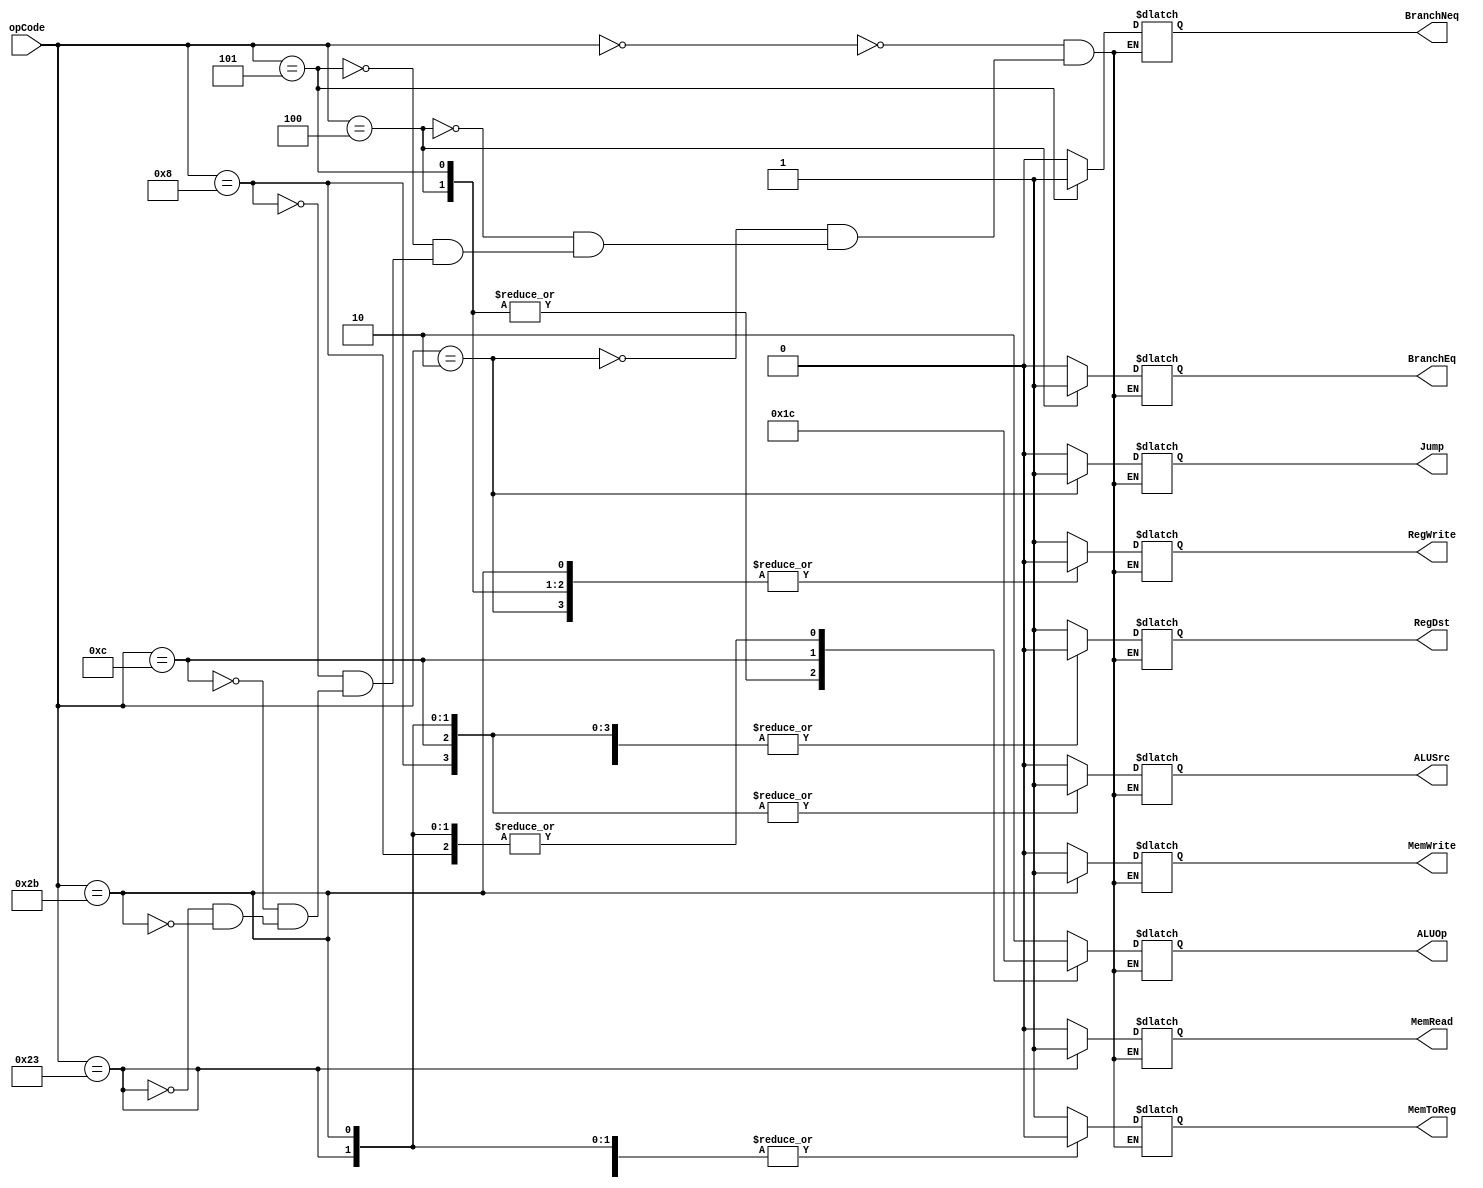
`timescale 1ns / 1ps
//////////////////////////////////////////////////////////////////////////////////
// Company: 
// Engineer: 
// 
// Design Name: 
// Module Name: control
// Project Name: 
// Target Devices: 
// Tool Versions: 
// Description: 
// 
// Dependencies: 
// 
// Revision:
// Revision 0.01 - File Created
// Additional Comments:
// 
//////////////////////////////////////////////////////////////////////////////////


module control(
    input   wire    [5:0]   opCode,

    output  reg             ALUSrc,
    output  reg             RegDst,
    output  reg     [1:0]   ALUOp,

    output  reg             MemWrite,
    output  reg             MemRead,

    output  reg             BranchEq,
    output  reg             BranchNeq,

    output  reg             Jump,

    output  reg             MemToReg,
    output  reg             RegWrite
    );
           initial begin
               ALUSrc = 1'b0; RegDst = 1'b0; ALUOp = 2'b00;
               MemWrite = 1'b0; MemRead = 1'b0; 
               BranchEq = 1'b0; BranchNeq = 1'b0;
               Jump = 1'b0;
               MemToReg = 1'b0; RegWrite = 1'b0;
           end
           always @ ( opCode ) begin
                      case ( opCode )
                          6'b000000: begin // R-type
                              ALUSrc = 1'b0;      RegDst = 1'b1;  ALUOp = 2'b10;
                              MemWrite = 1'b0;    MemRead = 1'b0; 
                              BranchEq = 1'b0;    BranchNeq = 1'b0;
                              Jump = 1'b0;
                              MemToReg = 1'b1;    RegWrite = 1'b1;
                          end
                          6'b000010: begin // j
                              ALUSrc = 1'b0;      RegDst = 1'b1;  ALUOp = 2'b10;
                              MemWrite = 1'b0;    MemRead = 1'b0; 
                              BranchEq = 1'b0;    BranchNeq = 1'b0;
                              Jump = 1'b1;
                              MemToReg = 1'b0;    RegWrite = 1'b0;
                          end
                          6'b000100: begin // beq
                              ALUSrc = 1'b0;      RegDst = 1'b0;  ALUOp = 2'b01;
                              MemWrite = 1'b0;    MemRead = 1'b0; 
                              BranchEq = 1'b1;    BranchNeq = 1'b0;
                              Jump = 1'b0;
                              MemToReg = 1'b0;    RegWrite = 1'b0;
                          end
                          6'b000101: begin // bne
                              ALUSrc = 1'b0;      RegDst = 1'b0;  ALUOp = 2'b01;
                              MemWrite = 1'b0;    MemRead = 1'b0; 
                              BranchEq = 1'b0;    BranchNeq = 1'b1;
                              Jump = 1'b0;
                              MemToReg = 1'b0;    RegWrite = 1'b0;
                          end
                          6'b001000: begin // addi
                              ALUSrc = 1'b1;      RegDst = 1'b0;  ALUOp = 2'b00;
                              MemWrite = 1'b0;    MemRead = 1'b0; 
                              BranchEq = 1'b0;    BranchNeq = 1'b0;
                              Jump = 1'b0;
                              MemToReg = 1'b1;    RegWrite = 1'b1;
                          end
                          6'b001100: begin // andi
                              ALUSrc = 1'b1;      RegDst = 1'b0;  ALUOp = 2'b11;
                              MemWrite = 1'b0;    MemRead = 1'b0; 
                              BranchEq = 1'b0;    BranchNeq = 1'b0;
                              Jump = 1'b0;
                              MemToReg = 1'b1;    RegWrite = 1'b1;
                          end
                          6'b100011: begin // lw
                              ALUSrc = 1'b1;      RegDst = 1'b0;  ALUOp = 2'b00;
                              MemWrite = 1'b0;    MemRead = 1'b1; 
                              BranchEq = 1'b0;    BranchNeq = 1'b0;
                              Jump = 1'b0;
                              MemToReg = 1'b0;    RegWrite = 1'b1;
                          end
                          6'b101011: begin // sw
                              ALUSrc = 1'b1;      RegDst = 1'b0;  ALUOp = 2'b00;
                              MemWrite = 1'b1;    MemRead = 1'b0; 
                              BranchEq = 1'b0;    BranchNeq = 1'b0;
                              Jump = 1'b0;
                              MemToReg = 1'b0;    RegWrite = 1'b0;
                          end
                      endcase
                  end
endmodule